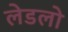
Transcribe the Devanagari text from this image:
लेडलो